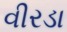
વીરડા